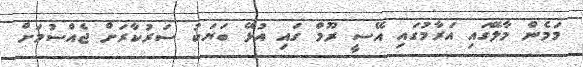
މަމެން މާލޭގައި އަރާމުގައި އޭސީ ރޫމް ގައި އުޅޭ ބަޔަކު ސަރުކާރަށް ޖެއްސުމަށް